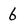
Character: 6